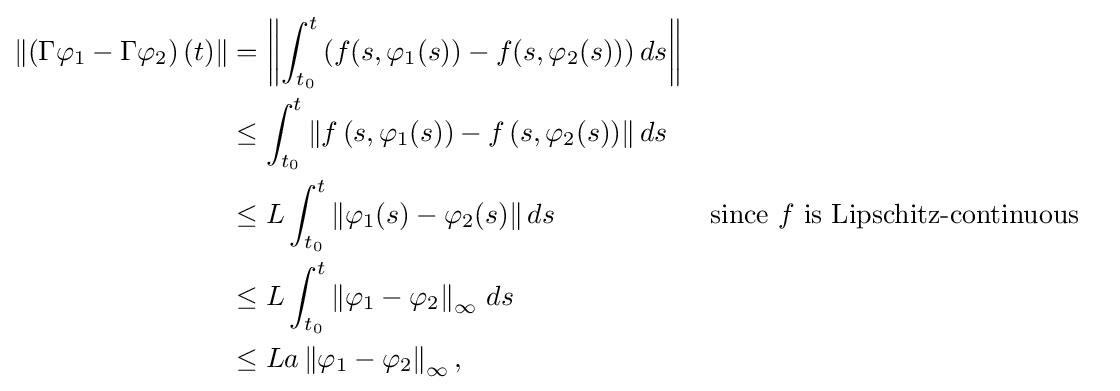
{\begin{aligned}\left\|\left(\Gamma \varphi _{1}-\Gamma \varphi _{2}\right)(t)\right\|&=\left\|\int _{t_{0}}^{t}\left(f(s,\varphi _{1}(s))-f(s,\varphi _{2}(s))\right)ds\right\|\\&\leq \int _{t_{0}}^{t}\left\|f\left(s,\varphi _{1}(s)\right)-f\left(s,\varphi _{2}(s)\right)\right\|ds\\&\leq L\int _{t_{0}}^{t}\left\|\varphi _{1}(s)-\varphi _{2}(s)\right\|ds&&{\text{since }}f{\text{ is Lipschitz-continuous}}\\&\leq L\int _{t_{0}}^{t}\left\|\varphi _{1}-\varphi _{2}\right\|_{\infty }\,ds\\&\leq La\left\|\varphi _{1}-\varphi _{2}\right\|_{\infty },\end{aligned}}